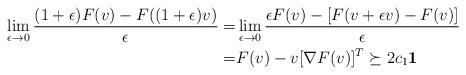
LaTeX: \begin{align*}\lim_{\epsilon\to 0}\frac{ (1+\epsilon)F(v)-F((1+\epsilon)v)}{\epsilon}=&\lim_{\epsilon\to 0}\frac{ \epsilon F(v)-[F(v+\epsilon v)-F(v)]}{\epsilon}\\=&F(v)-v [\nabla F(v)]^T\succeq 2c_1\mathbf{1} \end{align*}